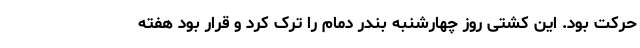
حرکت بود. این کشتی روز چهارشنبه بندر دمام را ترک کرد و قرار بود هفته